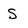
Character: S